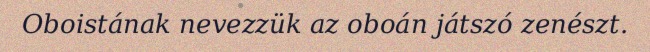
Oboistának nevezzük az oboán játszó zenészt.